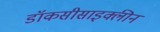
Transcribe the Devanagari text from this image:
डॉकसीसाइक्लीन